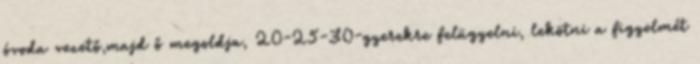
óvoda vezető,majd ő megoldja, 20-25-30-gyerekre felügyelni, lekötni a figyelmét